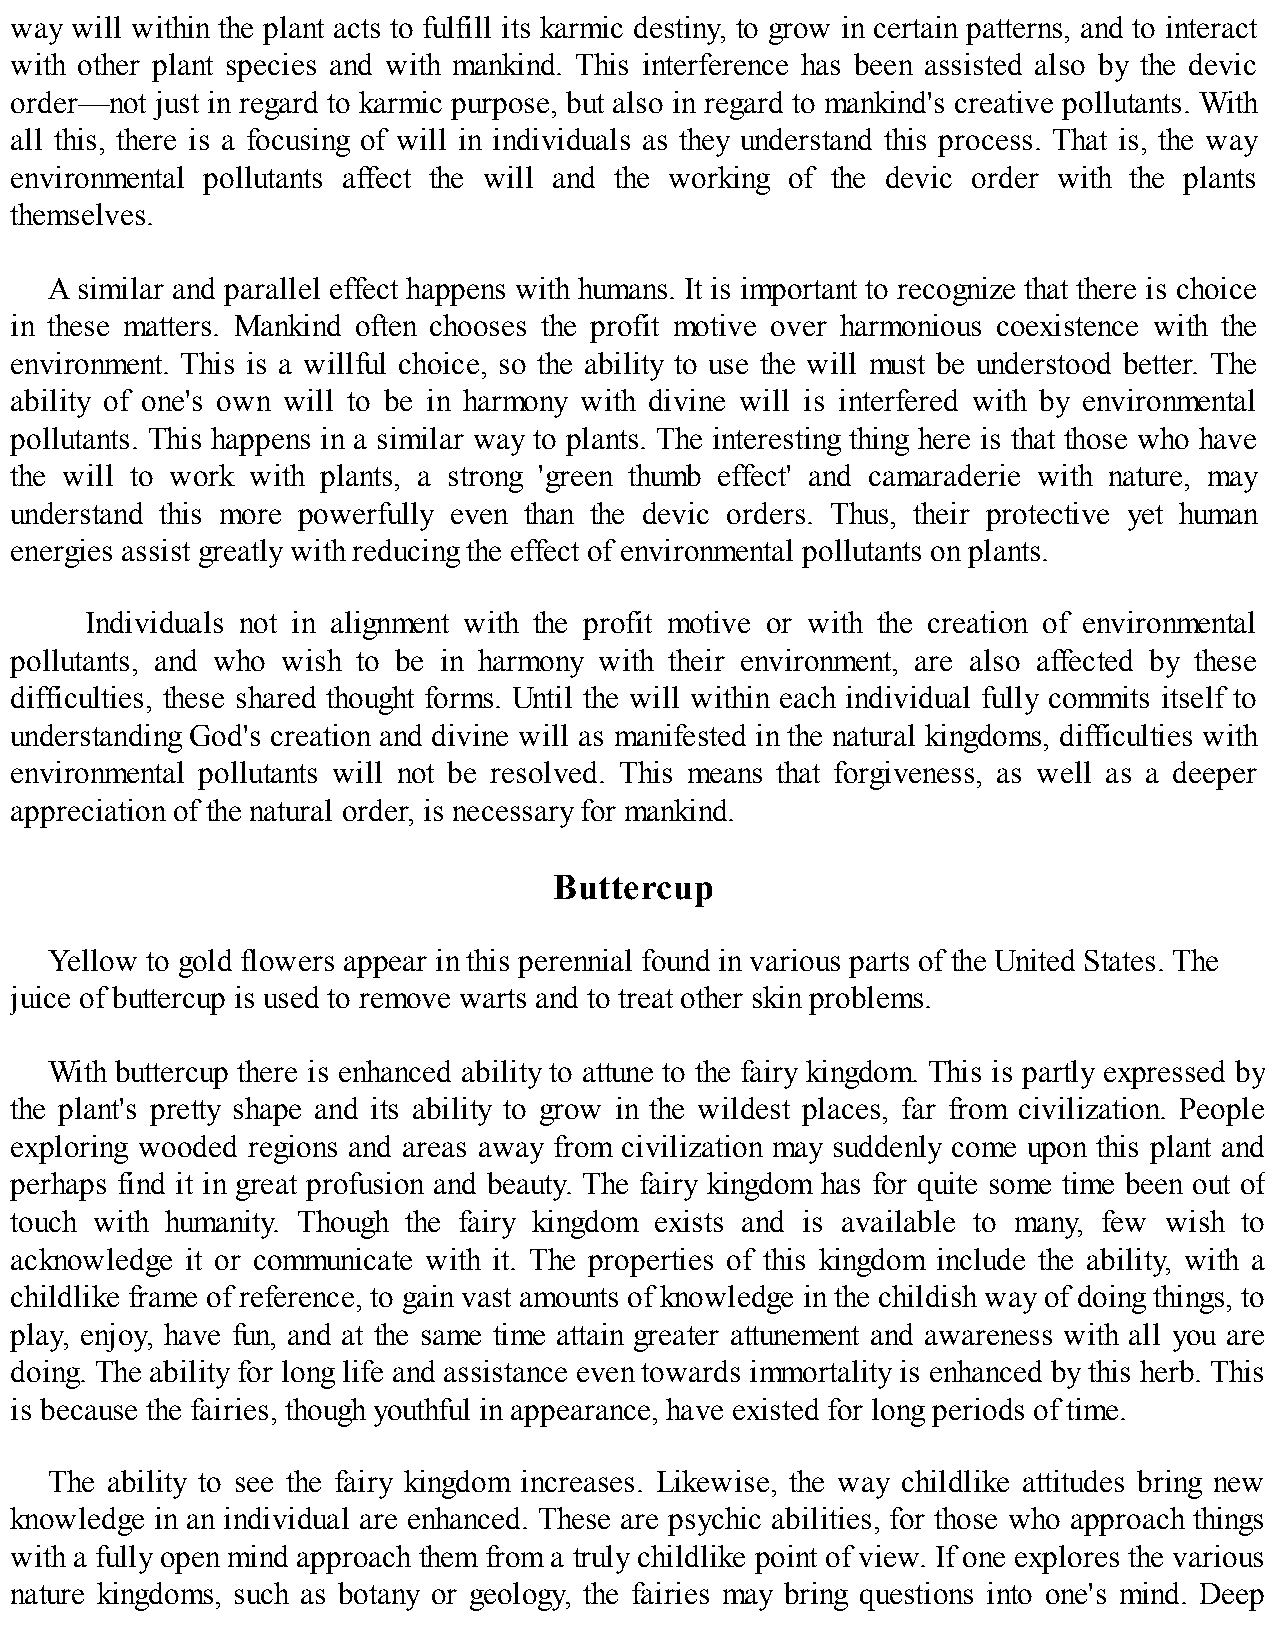
way will within the plant acts to fulfill its karmic destiny, to grow in certain patterns, and to interact
 with other plant species and with mankind. This interference has been assisted also by the devic
 order—not just in regard to karmic purpose, but also in regard to mankind's creative pollutants. With
 all this, there is a focusing of will in individuals as they understand this process. That is, the way
 environmental pollutants affect the will and the working of the devic order with the plants
 themselves.
 A similar and parallel effect happens with humans. It is important to recognize that there is choice
 in these matters. Mankind often chooses the profit motive over harmonious coexistence with the
 environment. This is a willful choice, so the ability to use the will must be understood better. The
 ability of one's own will to be in harmony with divine will is interfered with by environmental
 pollutants. This happens in a similar way to plants. The interesting thing here is that those who have
 the will to work with plants, a strong 'green thumb effect' and camaraderie with nature, may
 understand this more powerfully even than the devic orders. Thus, their protective yet human
 energies assist greatly with reducing the effect of environmental pollutants on plants.
 Individuals not in alignment with the profit motive or with the creation of environmental
 pollutants, and who wish to be in harmony with their environment, are also affected by these
 difficulties, these shared thought forms. Until the will within each individual fully commits itself to
 understanding God's creation and divine will as manifested in the natural kingdoms, difficulties with
 environmental pollutants will not be resolved. This means that forgiveness, as well as a deeper
 appreciation of the natural order, is necessary for mankind.
 Buttercup
 Yellow to gold flowers appear in this perennial found in various parts of the United States. The
 juice of buttercup is used to remove warts and to treat other skin problems.
 With buttercup there is enhanced ability to attune to the fairy kingdom. This is partly expressed by
 the plant's pretty shape and its ability to grow in the wildest places, far from civilization. People
 exploring wooded regions and areas away from civilization may suddenly come upon this plant and
 perhaps find it in great profusion and beauty. The fairy kingdom has for quite some time been out of
 touch with humanity. Though the fairy kingdom exists and is available to many, few wish to
 acknowledge it or communicate with it. The properties of this kingdom include the ability, with a
 childlike frame of reference, to gain vast amounts of knowledge in the childish way of doing things, to
 play, enjoy, have fun, and at the same time attain greater attunement and awareness with all you are
 doing. The ability for long life and assistance even towards immortality is enhanced by this herb. This
 is because the fairies, though youthful in appearance, have existed for long periods of time.
 The ability to see the fairy kingdom increases. Likewise, the way childlike attitudes bring new
 knowledge in an individual are enhanced. These are psychic abilities, for those who approach things
 with a fully open mind approach them from a truly childlike point of view. If one explores the various
 nature kingdoms, such as botany or geology, the fairies may bring questions into one's mind. Deep